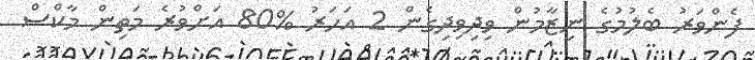
ފެންވަރު ބެލުމުގެ ނިޒާމުން ވިދިވިދިގެން 2 އަހަރު %80 އަށްވުރެ މަތިން މާކްސް